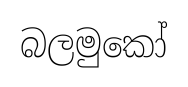
බලමුකෝ